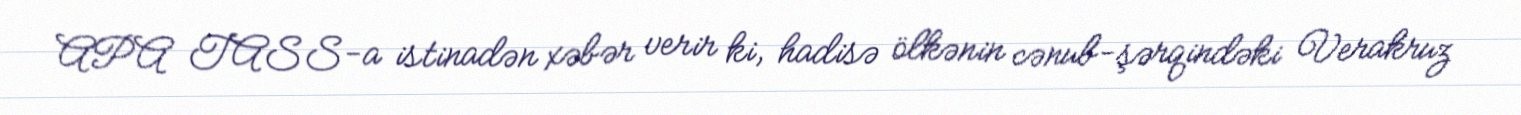
APA TASS-a istinadən xəbər verir ki, hadisə ölkənin cənub-şərqindəki Verakruz